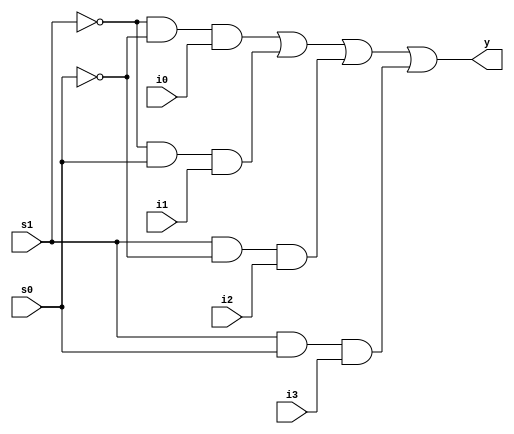
//initializing a mux : 0 - feed input, 1 - no change, 2 - right shift, 3-left shift
module decide (i3, i2, i1, i0, s1, s0, y);
input i3, i2, i1, i0;
input s1, s0;
output y;

wire w1, w2;
not (w1, s1);
not (w2, s0);


wire w3, w4, w5, w6;
and (w3, w1, w2, i0);
and (w4, w1, s0, i1);
and (w5, s1, w2, i2);
and (w6, s1, s0, i3);

or (y, w3, w4, w5, w6);
endmodule